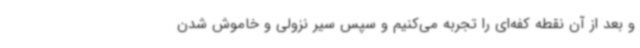
و بعد از آن نقطه کفه‌ای را تجربه می‌کنیم و سپس سیر نزولی و خاموش شدن